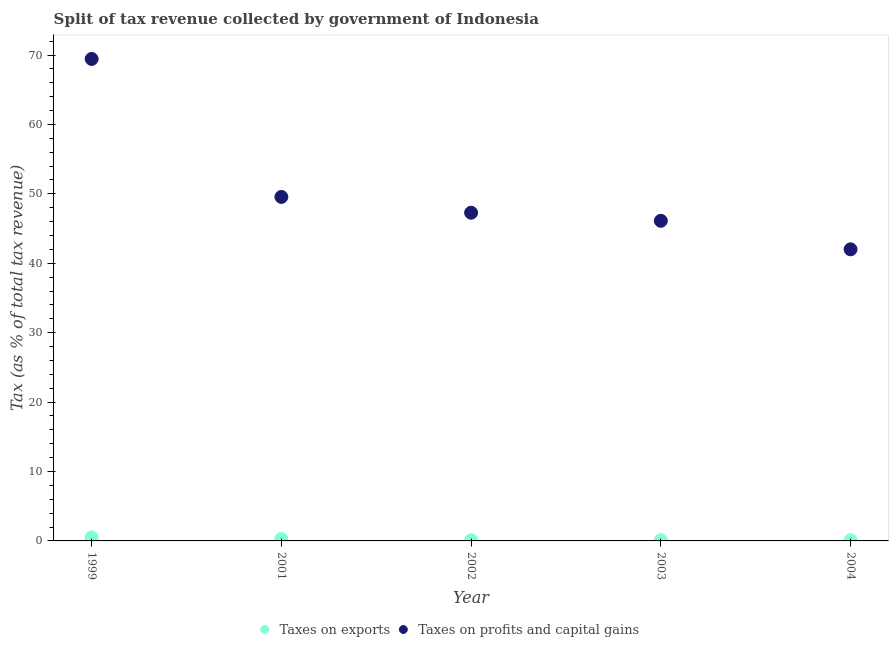
| Year | Taxes on exports | Taxes on profits and capital gains |
 | --- | --- | --- |
 | 1999 | 0.504 | 69.4 |
 | 2001 | 0.285 | 49.6 |
 | 2002 | 0.107 | 47.3 |
 | 2003 | 0.0921 | 46.1 |
 | 2004 | 0.105 | 42 |